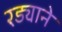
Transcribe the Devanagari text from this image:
रड्याने